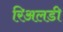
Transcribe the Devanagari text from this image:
रिअलडी